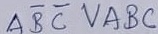
Text: ABCVABC